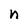
Character: n